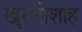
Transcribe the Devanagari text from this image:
खुसरोशाह